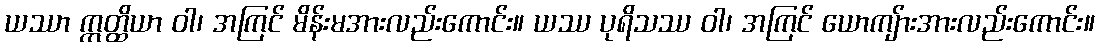
ယဿာ ဣတ္ထိယာ ဝါ၊ အကြင် မိန်းမအားလည်းကောင်း။ ယဿ ပုရိသဿ ဝါ၊ အကြင် ယောကျ်ားအားလည်းကောင်း။